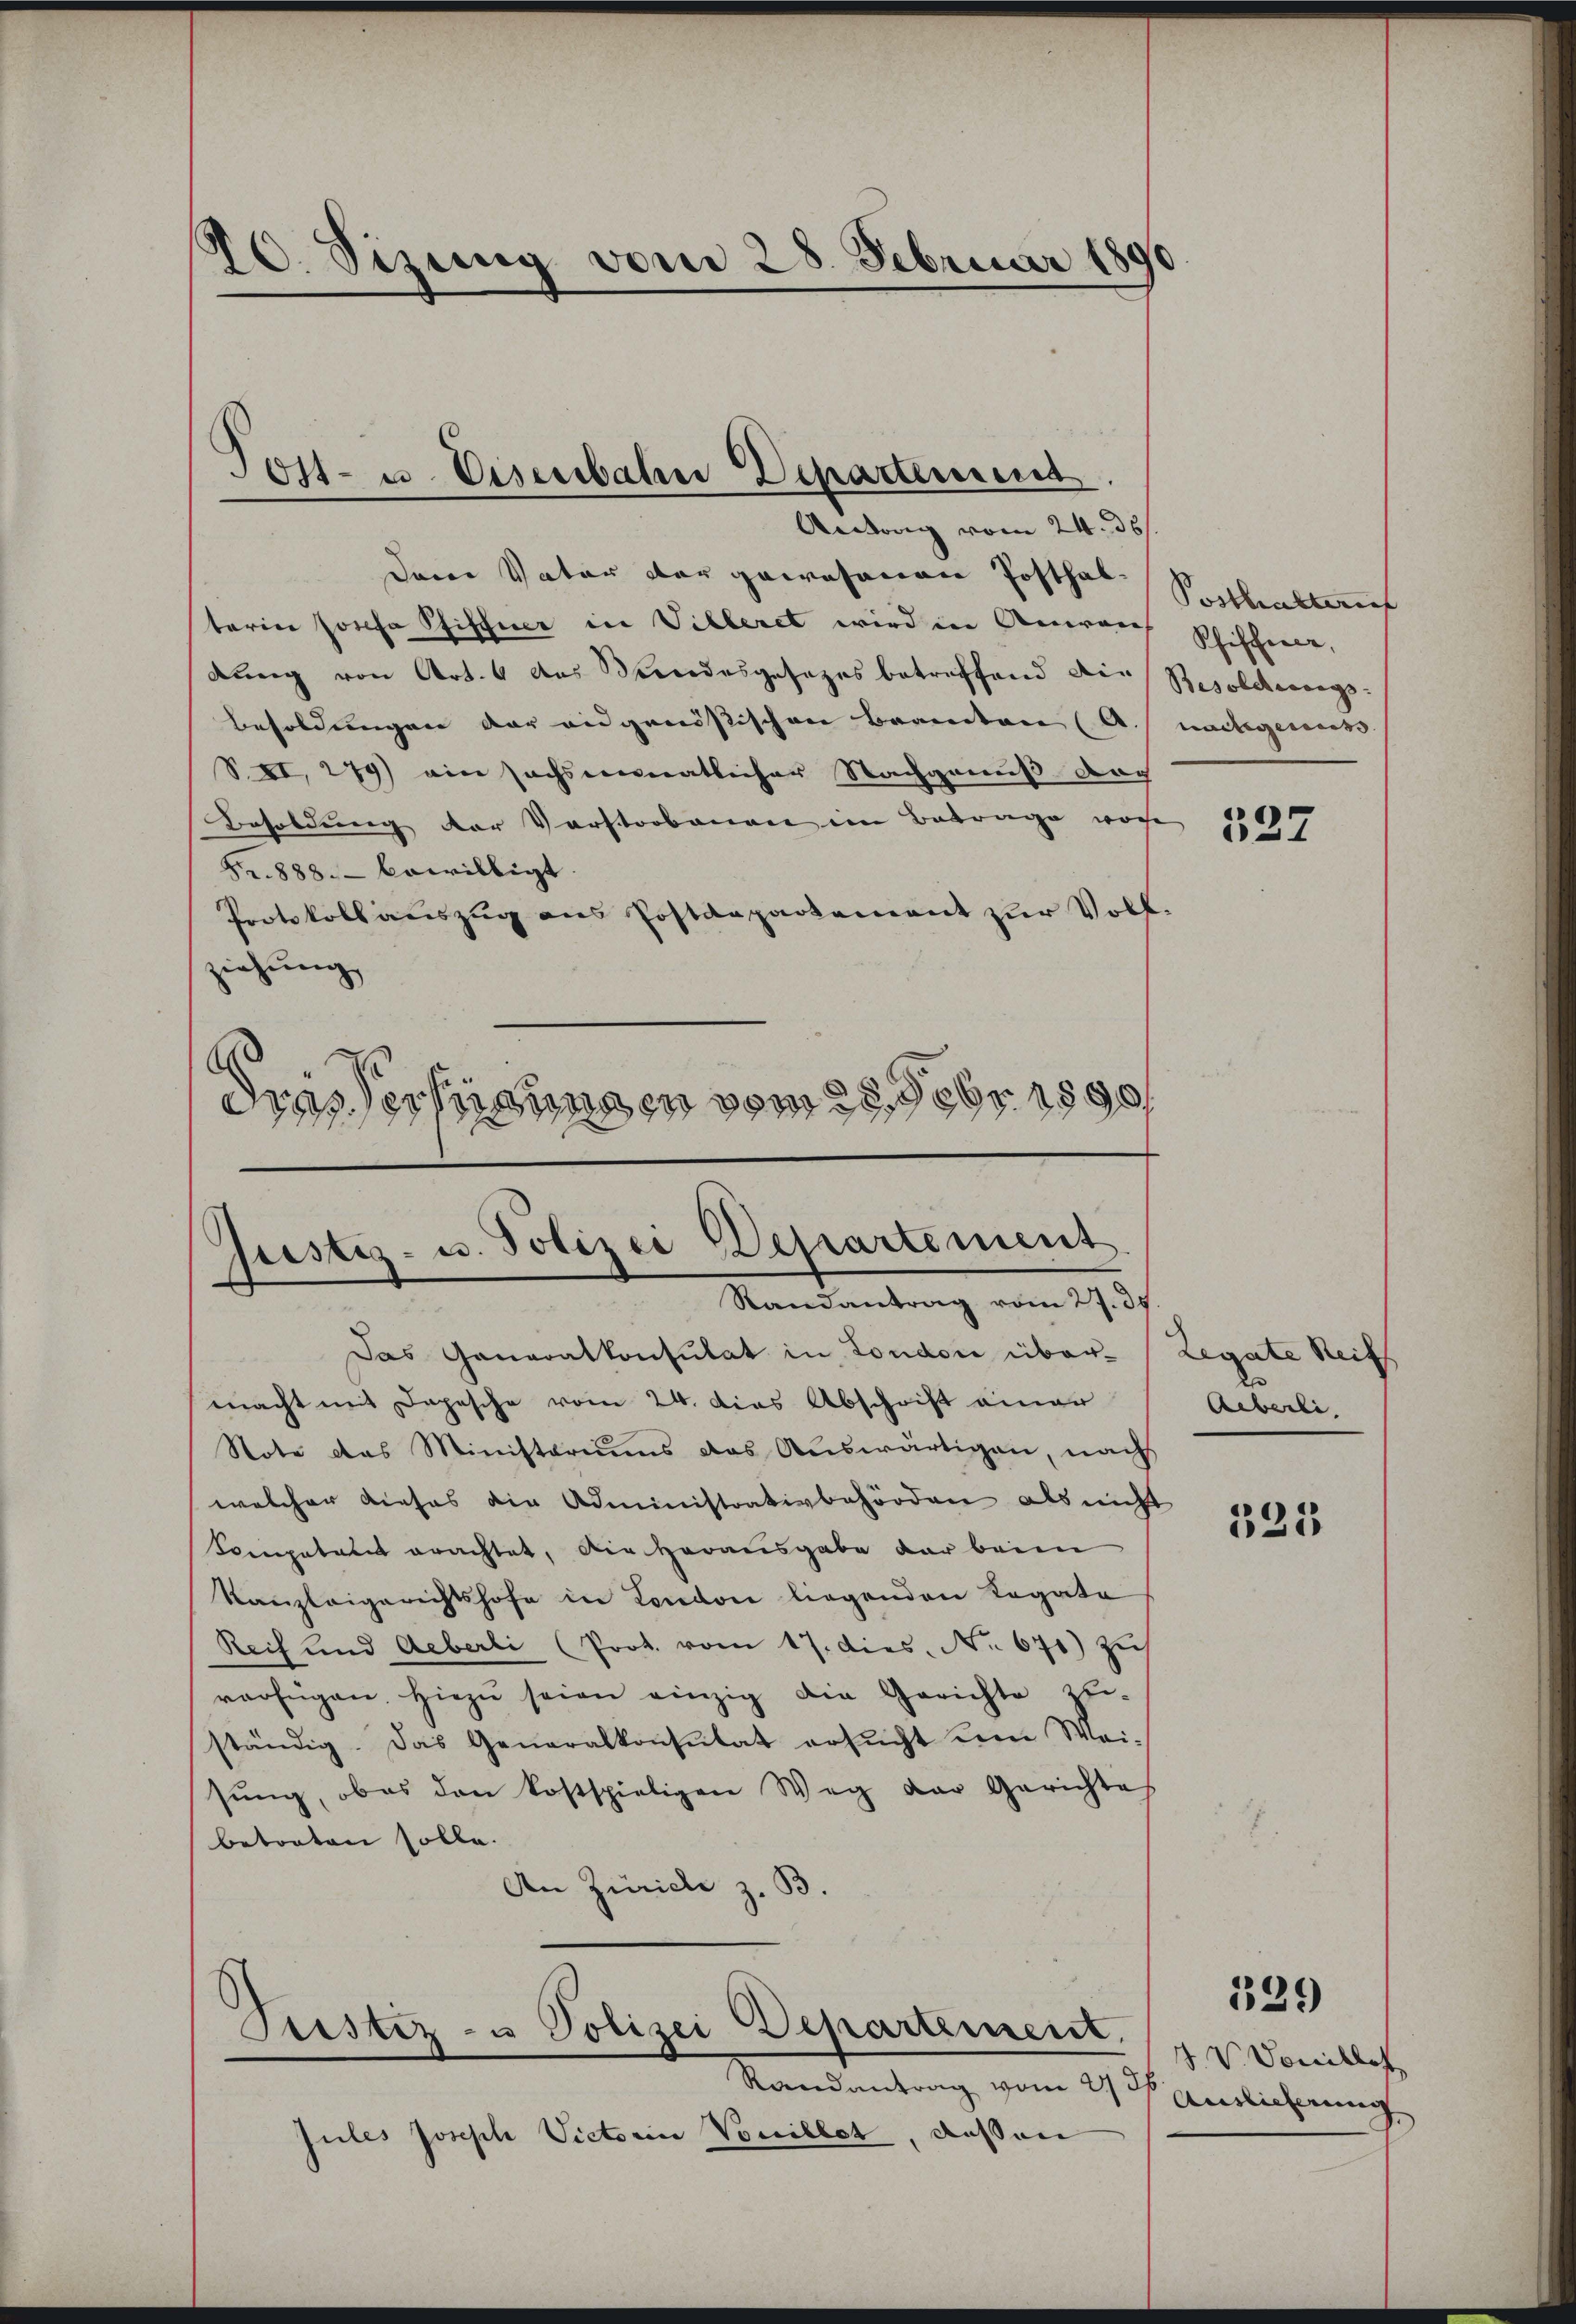
10. Sizung vom 28. Februar 1890

Tost- u. Eisenbahn Departement
Antrag vom 24. ds.

Dein Vater der gewesenen Posthal Sosthaltauf
terin Josefa Pfiffner in Villeret wird in Anweis Phischeine,
dung von Art. 6 das Kindesgesezes betreffend die Besolcherungs-
Besoldungen der eidgenössischen Beamten (A. nachgenuss. |
S. II, 279) ein sechsmonatlicher Nachgenuß doch
Besoldung der Vorstorbenen im Betrage vor
Fr. 888. bewilligt.
Protokoll auszug aus Postdepartement zur Vollziehung
dunsersingungen vom 28. 389. 1890

Justiz- u. Polizei Departement
Randantrag vom 27. ds.

Das Generalkonsulat in London über-Legate Reits
macht mit Depesche vom 24. dies Abschrift einer
Note das Ministeriums das Auswärtigen, nach
welcher dieses die Administrativbehörden als nicht
Competent erachtet, die Herausgabe der beim
Kanzleigerichtshofe in London liegenden Legate
Reih und Aeberli (Prot. vom 17. dies. No. 671) Zus
verfügen. Hiezu seien einzig die Gerichte zu-
ständig. Das Generalkonsulat ersŭcht ein Wei-
sŭng, ob es den kostspieligen Weg der Gerichtes
betreten solle.
An Zürich z. B

Trestiz- u Polizei Departement.
Randantrag vom 27 36

Jules Joseph Victorin Vanillet, dassen

Aeberle.

137

521

129

J. V. Vonillet
Auslieferung